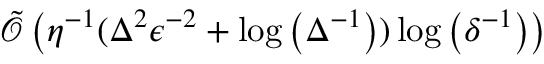
\tilde { \mathcal { O } } \left( \eta ^ { - 1 } ( \Delta ^ { 2 } \epsilon ^ { - 2 } + \log \left( \Delta ^ { - 1 } \right) ) \log \left( \delta ^ { - 1 } \right) \right)